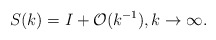
\begin{align*}&S(k)=I+\mathcal{O}(k^{-1}),k\rightarrow\infty.\end{align*}